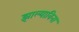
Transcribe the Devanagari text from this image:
झाल्याविना